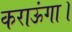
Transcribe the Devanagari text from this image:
कराऊंगा।